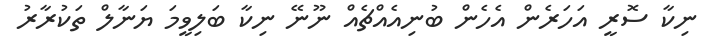
ނިކާ ސޮރީ އަހަރެން އެހެން ބުނިއެއްޗެއް ނޫނޭ ނިކާ ބަލިވީމަ ޔަނާލް ތަކުރާރު